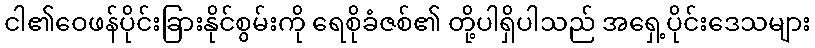
ငါ၏ဝေဖန်ပိုင်းခြားနိုင်စွမ်းကို ရေစိုခံဇစ်၏ တို့ပါရှိပါသည် အရှေ့ပိုင်းဒေသများ